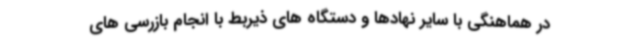
در هماهنگی با سایر نهادها و دستگاه های ذیربط با انجام بازرسی های